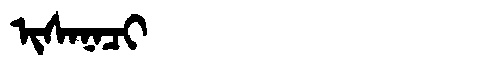
Manchu: ᡳᠰᠠᠨᠠᠴᡳ
Romanization: ISANACI